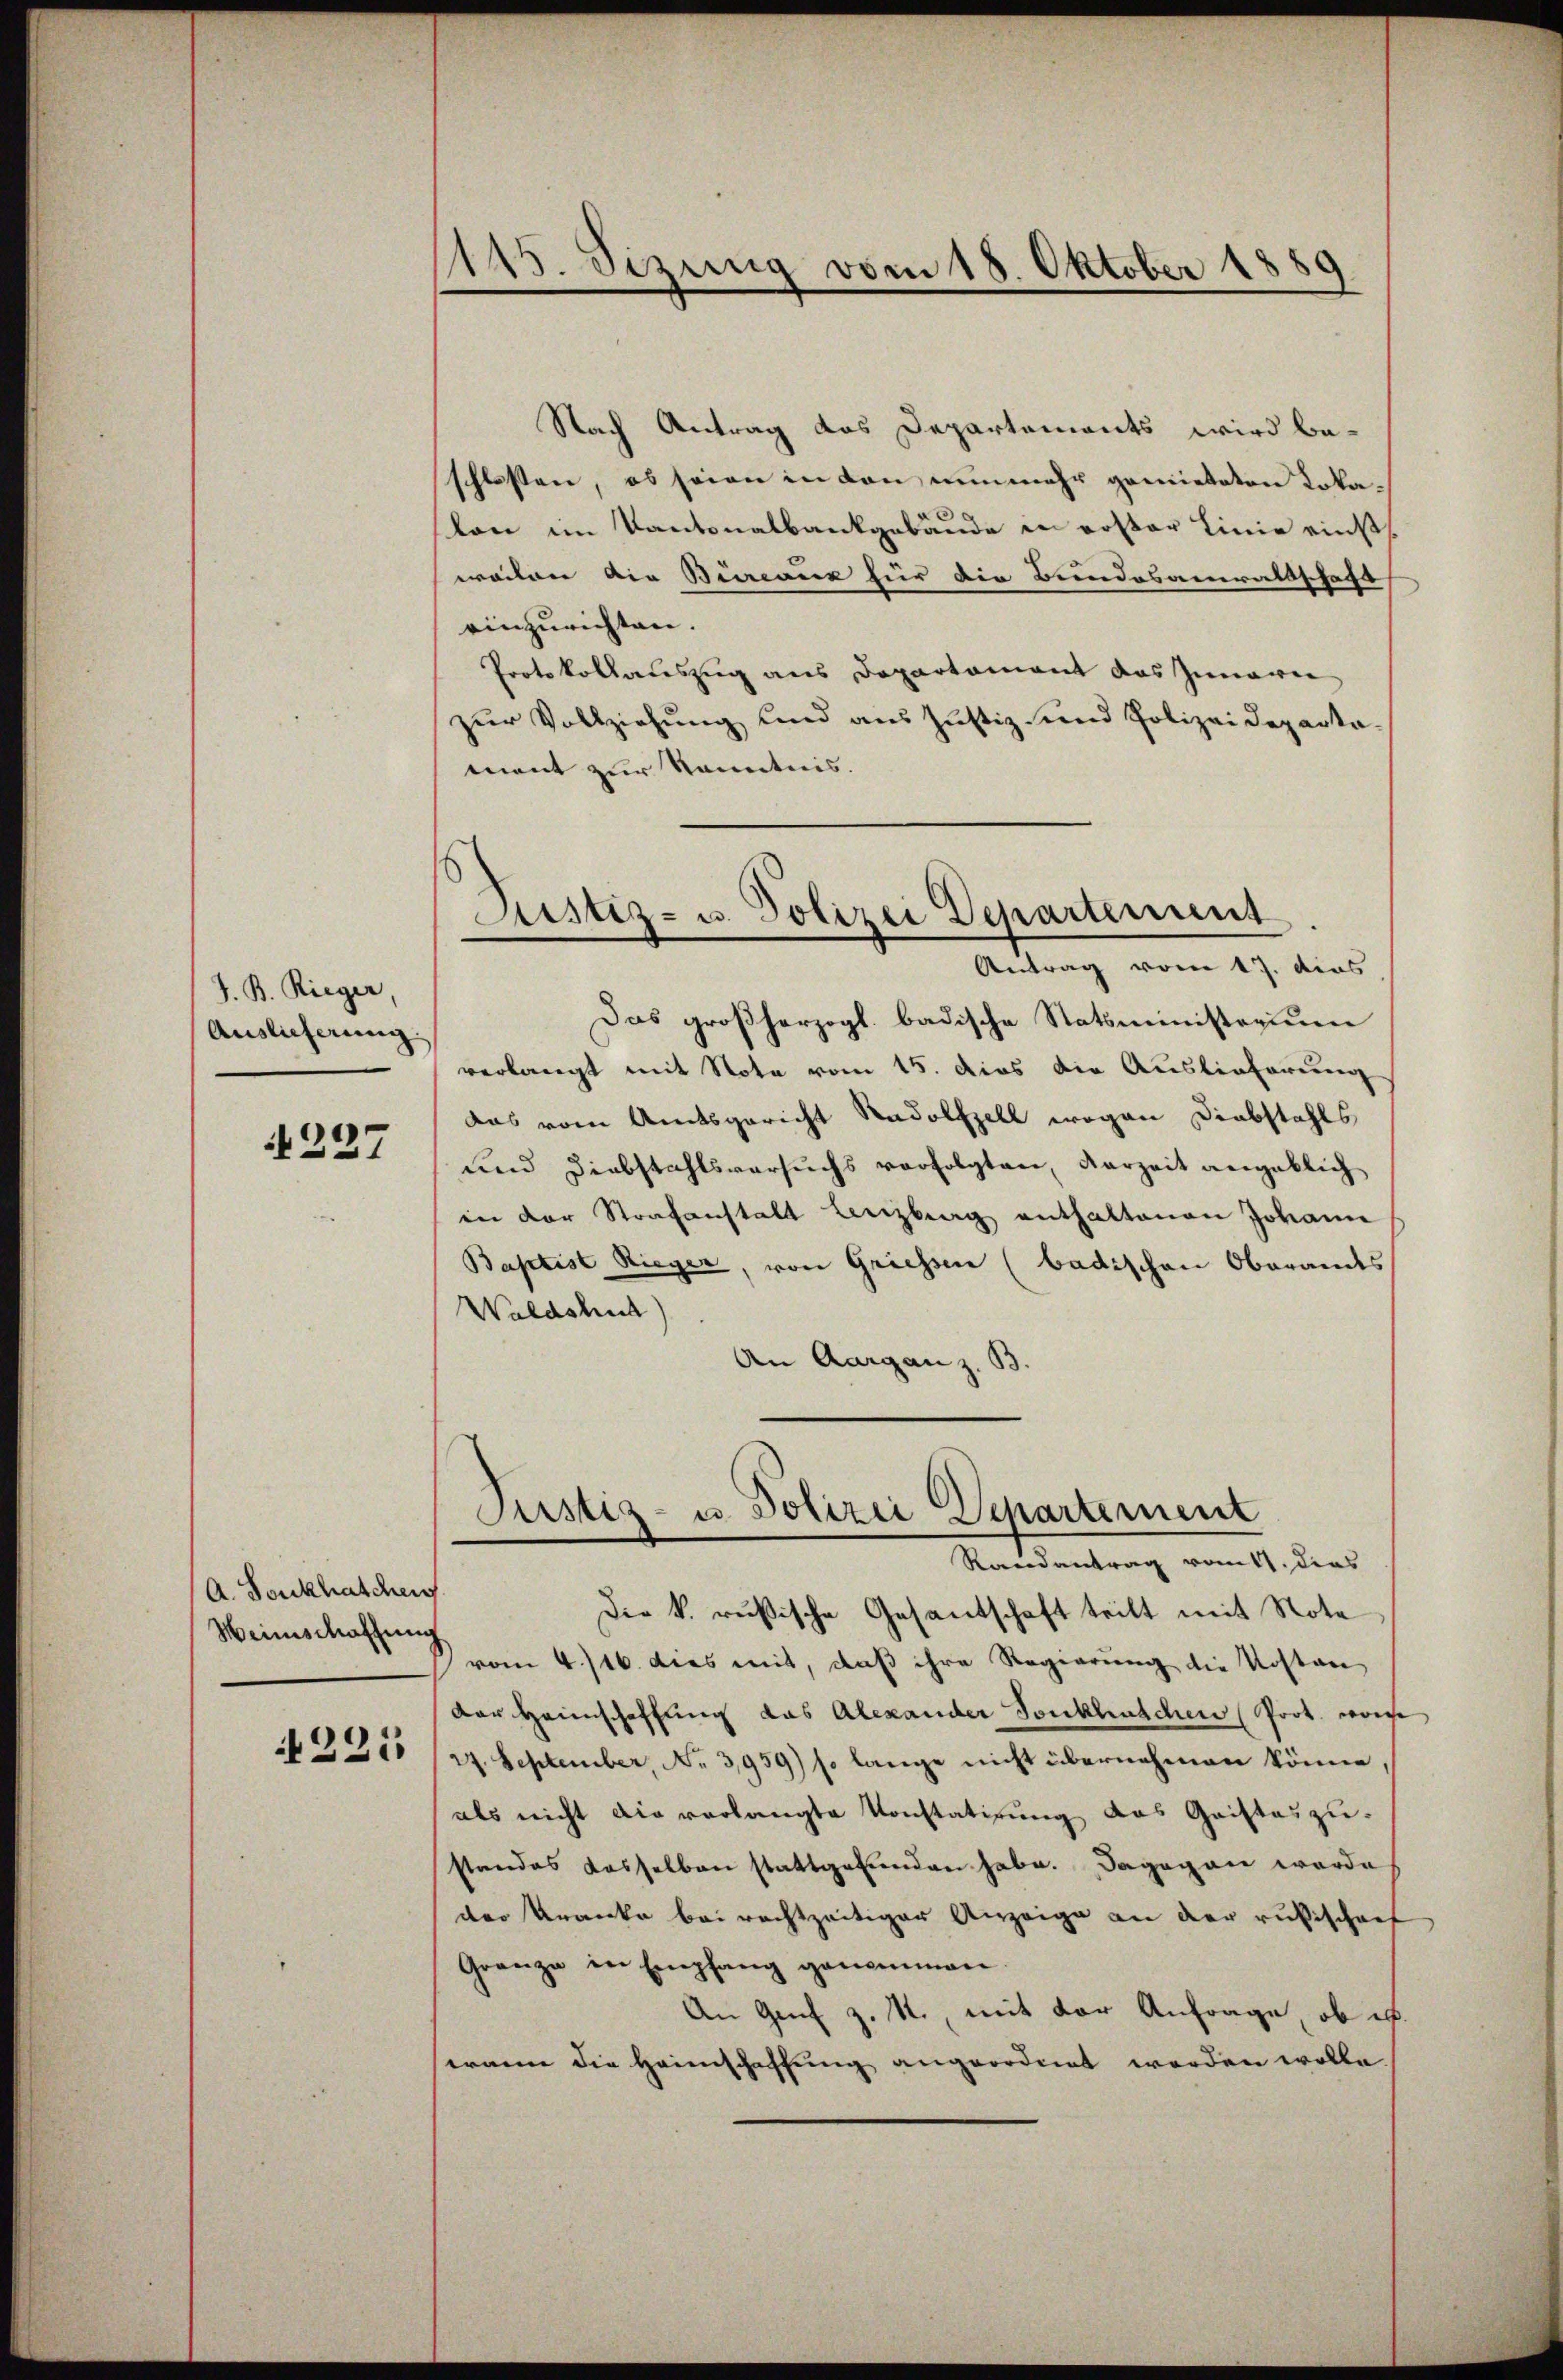
J. B. Rieger,
Auslicherung

227

A. Bonkhaschen
Heinschaffung

225

Nach Antrag das Departements wird be-
schlossen, es seien in den nunmehr gemieteten Lokalon im Kantonalbankgebäude in roster Linie einstweilen die Bewanne für die Bundesanwaltschaft
einzurichten.
Protokollauszug aus Departement das Innerer
zur Vollziehung und aus Justiz und Polizeideparta-
ment zur Kenntnis.
Justiz- u. Polizei Departement
Antrag vom 17. dies
Das großherzogl. badische Statsministerium
verlangt mit Note vom 15. dies die Auslieferung
das vom Amtsgericht Radolfzell wegen Diebstahls
und Diebstahlsversuchs verfolgten, derzeit angeblich
in der Strafanstalt Lenzberg enthaltenen Johann
Baptist Rieger, von Griessen (badischen Oberandes
Waldshut)
An Aargau z. B.

1115. Sizung vom 18. Oktober 1889

Justiz- u. Polizei Departement
Randantrag vom 11. dies

Die k. rußische Gesandschaft teilt mit Note
vom 4./16. dies mit, daß ihre Regierung die Kostan
der Heimschaffung das Alexander Tonkhuschen Prot. worde
27. September, No 3,959) so lange nicht übernehmen könne,
als nicht die verlangte Konstatirung das Geisteszustandes dasselben stattgefunden habe. Dagegen werde
der Kranke bei rechtzeitiger Anzeige an der rusischenf
Granze in Empfang genommen
An Genf z. R., mit der Anfrage, ob ic
wann die Heimschaffung angeordnet werden wolle